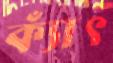
ক্যাঁৎ